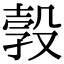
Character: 㝅